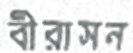
বীরাসন